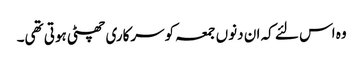
وہ اس لئے کہ ان دنوں جمعہ کوسرکاری چھٹی ہوتی تھی۔